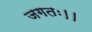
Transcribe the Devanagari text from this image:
जगतः।।